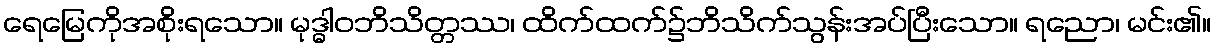
ရေမြေကိုအစိုးရသော။ မုဒ္ဓါဝဘိသိတ္တဿ၊ ထိက်ထက်၌ဘိသိက်သွန်းအပ်ပြီးသော။ ရညော၊ မင်း၏။